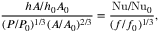
\frac { h A / h _ { 0 } A _ { 0 } } { ( P / P _ { 0 } ) ^ { 1 / 3 } ( A / A _ { 0 } ) ^ { 2 / 3 } } = \frac { \mathrm { N u } / \mathrm { N u } _ { 0 } } { ( f / f _ { 0 } ) ^ { 1 / 3 } } ,